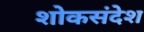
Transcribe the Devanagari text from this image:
शोकसंदेश